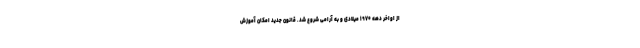
از اواخر دهه ۱۹۷۰ میلادی و به آرامی شروع شد. قانون جدید امکان آموزش